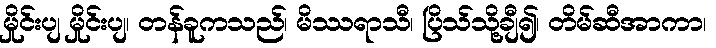
မှိုင်းပျ မှိုင်းပျ၊ တန်ခူကသည်၊ မိဿရာသီ၊ ပြိသ်သို့ချီ၍၊ တိမ်ဆီအာကာ၊